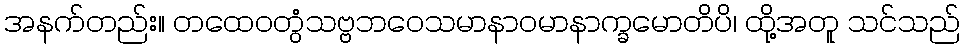
အနက်တည်း။ တထေဝတွံသဗ္ဗဘဝေသမာနာဝမာနာက္ခမောတိပိ၊ ထို့အတူ သင်သည်